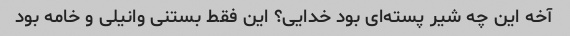
آخه این چه شیر پسته‌ای بود خدایی؟ این فقط بستنی وانیلی و خامه بود